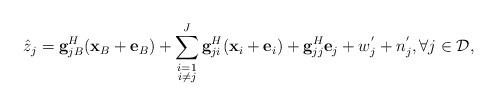
LaTeX: \begin{align*}\hat{z}_j={\bf g}_{jB}^H ({\bf x}_B+{\bf e}_B)+\sum_{\substack{i=1\\i\neq j}}^{J}{\bf g}_{ji}^H ({\bf x}_i+{\bf e}_i)+ {\bf g}_{jj}^H{\bf e}_j + w^{'}_j + n^{'}_j, \forall j\in\mathcal{D},\end{align*}